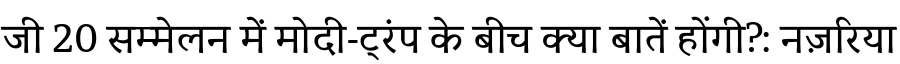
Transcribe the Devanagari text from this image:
जी 20 सम्मेलन में मोदी-ट्रंप के बीच क्या बातें होंगी?: नज़रिया